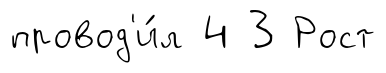
провод'и́л 4 3 Рост